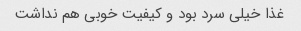
غذا خیلی سرد بود و کیفیت خوبی هم نداشت